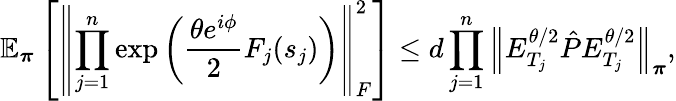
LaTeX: \mathbb{E}_{\boldsymbol\pi}\left[\left\lVert\prod_{j=1}^{n}\exp\left(\frac{\theta e^{i\phi}}{2}F_{j}(s_{j})\right)\right\rVert_{F}^{2}\right]\leq d\prod_{j=1}^{n}\left\lVert E_{T_{j}}^{\theta/2}\hat{P}E_{T_{j}}^{\theta/2}\right\rVert_{\boldsymbol\pi},